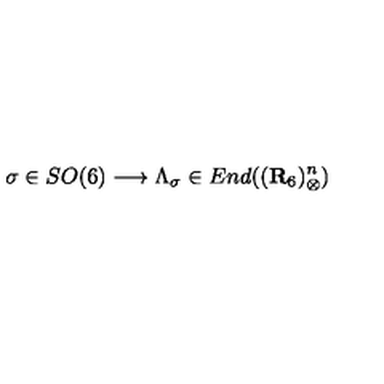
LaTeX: \sigma \in S O ( 6 ) \longrightarrow \Lambda _ { \sigma } \in E n d ( ( { \bf { R } } _ { 6 } ) _ { \otimes } ^ { n } )